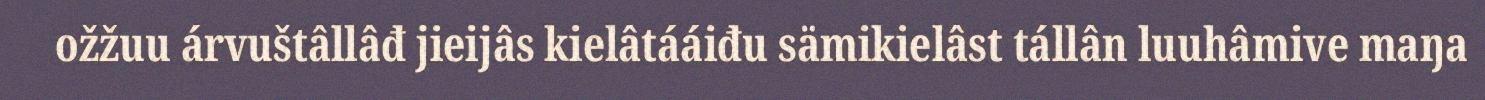
ožžuu árvuštâllâđ jieijâs kielâtááiđu sämikielâst tállân luuhâmive maŋa